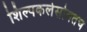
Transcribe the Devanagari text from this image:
शिल्पकलेसोबतच